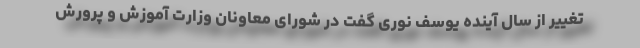
تغییر از سال آینده یوسف نوری گفت در شورای معاونان وزارت آموزش و پرورش